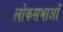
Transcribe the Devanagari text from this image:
लोकसभाओं